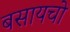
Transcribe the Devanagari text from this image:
बसायचो